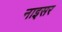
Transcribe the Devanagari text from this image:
नाइसर